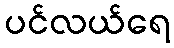
ပင်လယ်ရေ